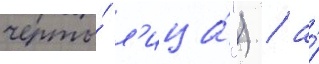
черты́ л'ица́") / а́